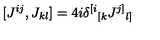
[ J ^ { i j } , J _ { k l } ] = 4 i \delta ^ { [ i } { } _ { [ k } J ^ { j ] } { } _ { l ] }